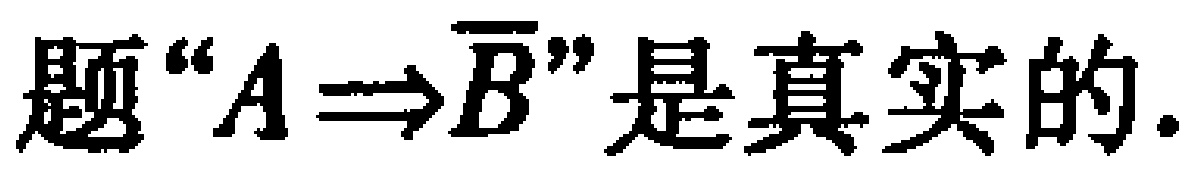
题“$A\Rightarrow\overline{B}$”是真实的.